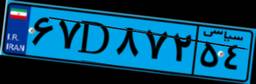
۱۵D۴۹۱۴۸